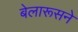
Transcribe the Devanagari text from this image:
बेलारूसने